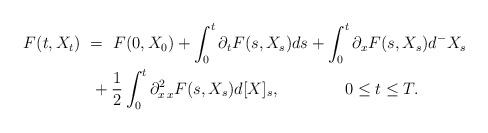
\begin{align*}F(t,X_{t}) \ &= \ F(0,X_{0}) + \int_{0}^{t}\partial_t F(s,X_s)ds + \int_{0}^{t} \partial_{x} F(s,X_s)d^-X_s \\&\ + \frac{1}{2}\int_{0}^{t} \partial^2_{x\, x} F(s,X_s)d[X]_s, \qquad\qquad0\leq t\leq T. \end{align*}